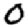
Digit: 0